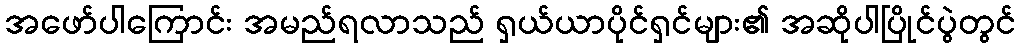
အဖော်ပါကြောင်း အမည်ရလာသည် ရှယ်ယာပိုင်ရှင်များ၏ အဆိုပါပြိုင်ပွဲတွင်